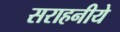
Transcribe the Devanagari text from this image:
सराहनीये